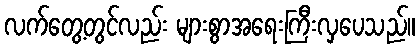
လက်တွေ့တွင်လည်း များစွာအရေးကြီးလှပေသည်။